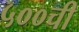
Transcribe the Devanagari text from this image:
५००ची